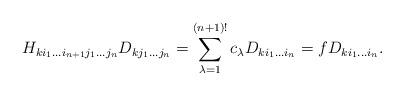
LaTeX: \begin{align*} H_{k i_1 \dots i_{n+1} j_1 \dots j_n} D_{k j_1 \dots j_n} = \sum_{\lambda = 1}^{(n+1)!} c_{\lambda} D_{k i_1 \dots i_n} = f D_{k i_1 \dots i_n}.\end{align*}